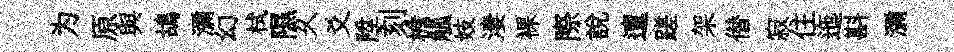
为原與鴣瀰幻栻隰乆爻陞刻檐觚妓淒裸際説邅蹉架僣寂住迤斟瀰